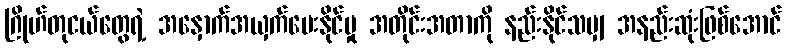
ဂြိုဟ်တုငယ်တွေရဲ့ အနှောက်အယှက်ပေးနိုင်မှု အတိုင်းအတာကို နည်းနိုင်သမျှ အနည်းဆုံးဖြစ်အောင်